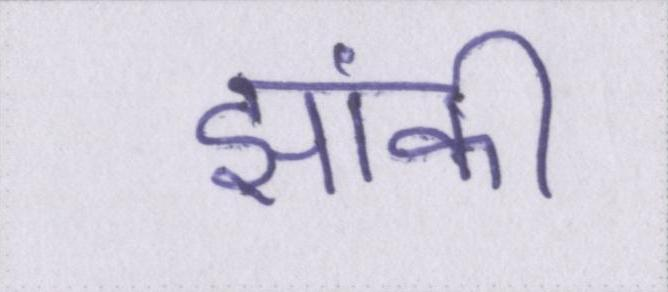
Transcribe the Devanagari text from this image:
झांकी